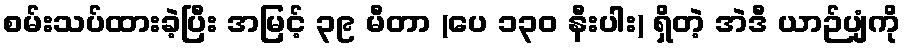
စမ်းသပ်ထားခဲ့ပြီး အမြင့် ၃၉ မီတာ (ပေ ၁၃၀ နီးပါး) ရှိတဲ့ အဲဒီ ယာဉ်ပျံကို